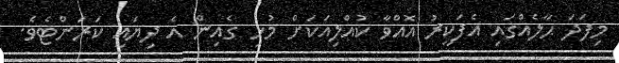
މިފަދަ ޙާލެއްގައި އެފަކީރު އޮއްވާ ކުއްލިއަކަށް މުޅި ގެއިން އެ ދިޔައީ ކަރަންޓެވެ.